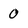
Character: 0